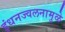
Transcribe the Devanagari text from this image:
इंधनज्वलनामुळे